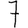
Digit: 7